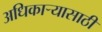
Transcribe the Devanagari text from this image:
अधिकाऱ्यासाठी